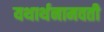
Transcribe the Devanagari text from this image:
यथार्थनामवती